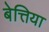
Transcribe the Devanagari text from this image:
बेत्तिया